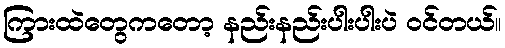
ကြားထဲတွေကတော့ နည်းနည်းပါးပါးပဲ ဝင်တယ်။